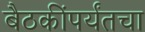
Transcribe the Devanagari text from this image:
बैठकींपर्यंतचा